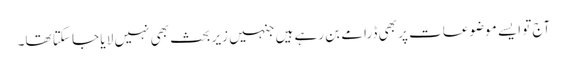
آج تو ایسے موضوعات پر بھی ڈرامے بن رہے ہیں جنہیں زیر بحث بھی نہیں لا یا جا سکتا تھا۔